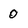
Character: 0